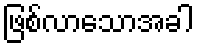
ဖြစ်လာသောအခါ